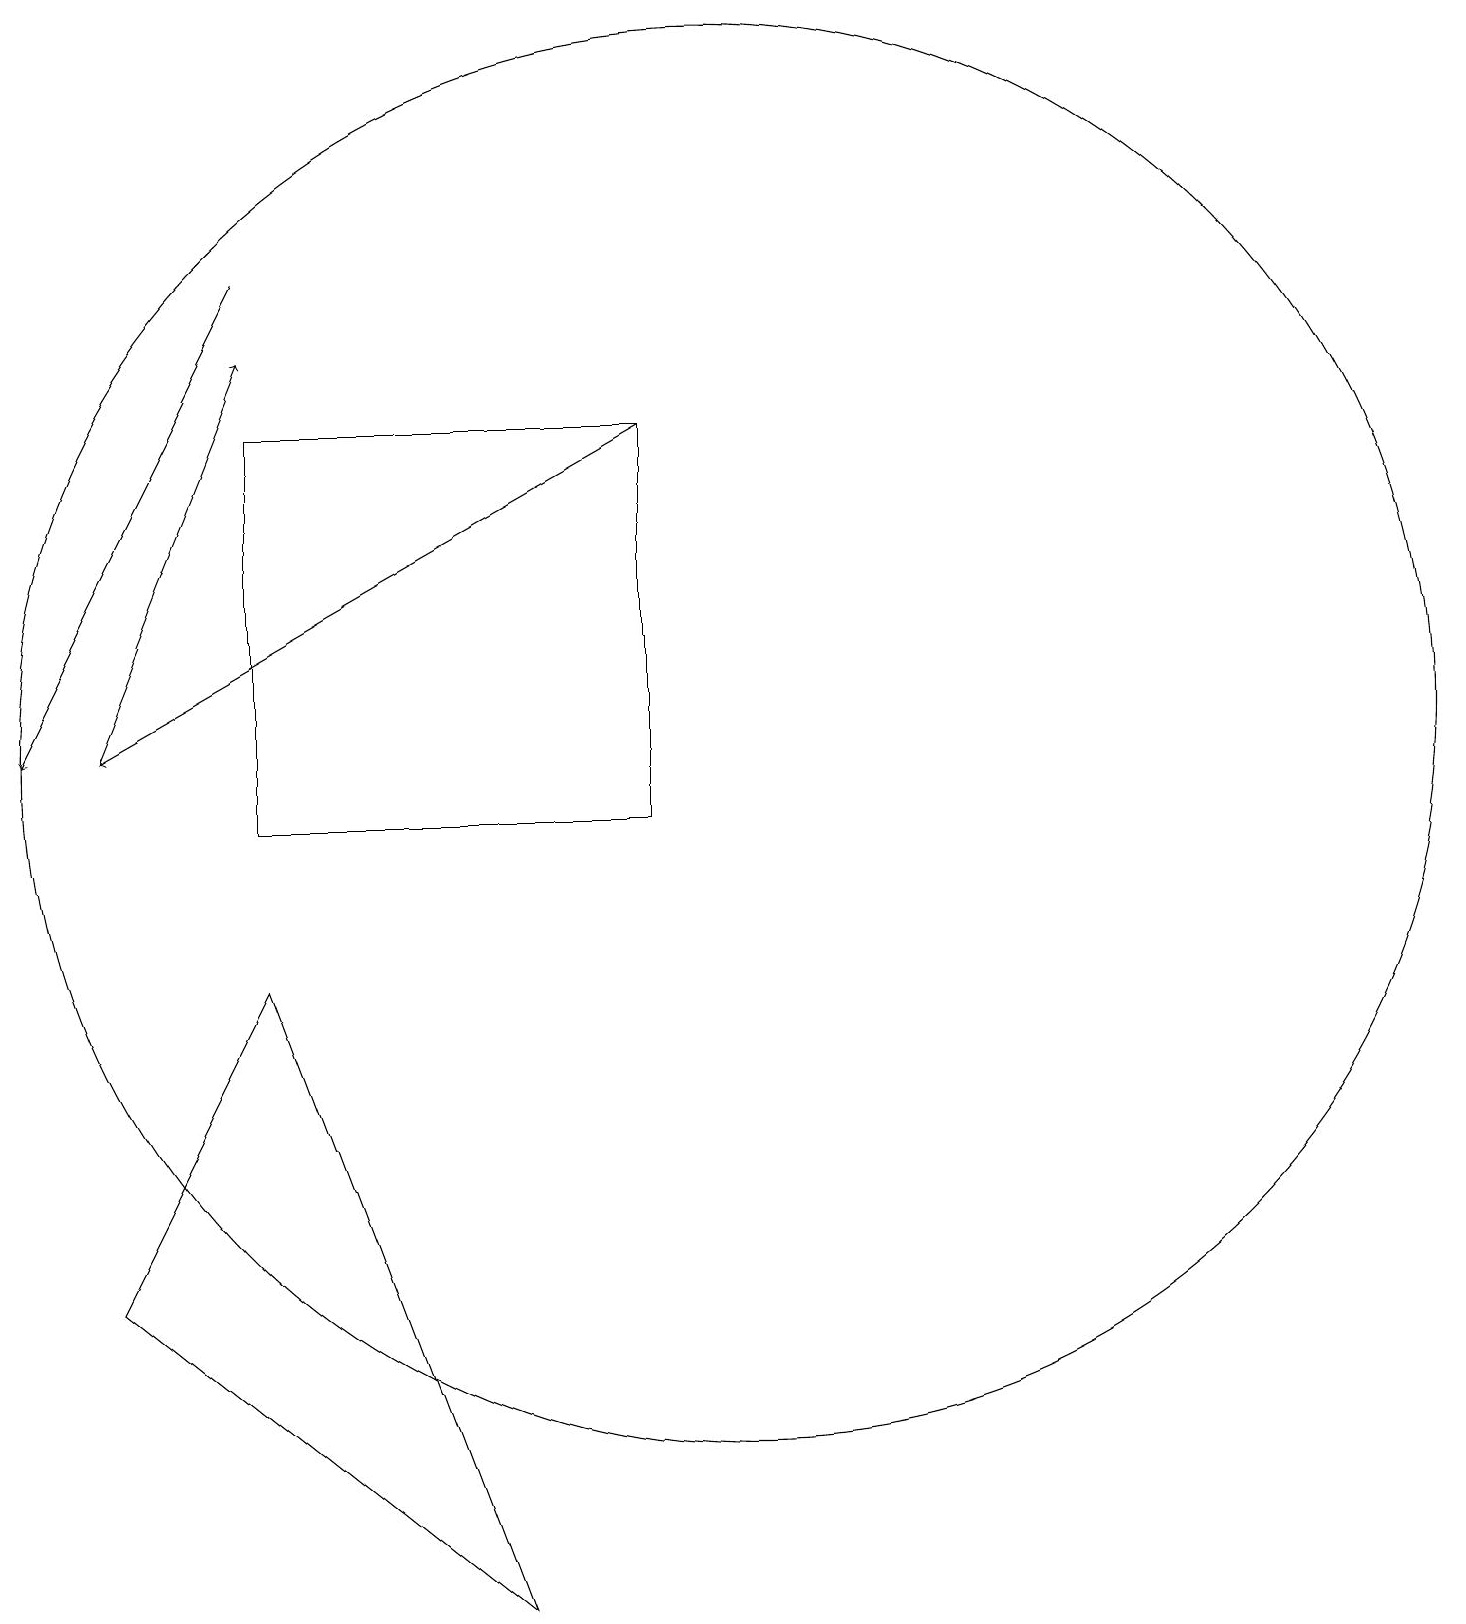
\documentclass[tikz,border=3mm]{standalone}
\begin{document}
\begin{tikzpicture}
\draw[->] (9,16) -- (2,12);
\draw[->] (4,18) -- (1,12);
\draw[->] (2,12) -- (4,17);
\draw (4,9) -- (7,1) -- (2,5) -- cycle;
\draw (10,12) circle (9);
\draw (4,16) rectangle (9,11);
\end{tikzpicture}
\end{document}